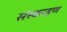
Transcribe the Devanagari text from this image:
संस्करहण